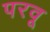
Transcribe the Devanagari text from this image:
परवू